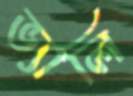
ভ্যালি